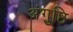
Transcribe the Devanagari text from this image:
अंगुष्ठि